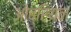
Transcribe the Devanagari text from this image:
ओब्रियन